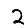
Digit: 2